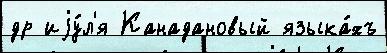
др иjу́л'я Канадановый языка́хъ